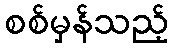
စစ်မှန်သည့်